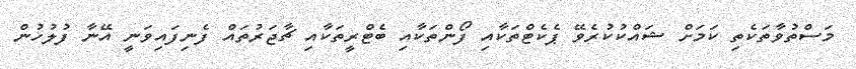
މަސްތުވާތަކެތި ކަމަށް ޝައްކުކުރެވޭ ޕެކެޓްތަކާއި ފޯންތަކާއި ބެޓްރީތަކާއި ޗާޖަރުތައް ފެނިފައިވަނީ އޭނާ ފުލުހުން